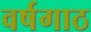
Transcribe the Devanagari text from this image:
वर्षगाठ